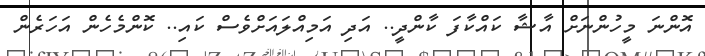
އޮންނަ މީހުންނަށް އާޝާ ކައްކާފަ ކާންދީ.. އަދި އަމިއްލައަށްވެސް ކައި.. ކޮންމެހެން އަހަރެން